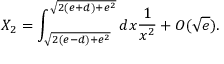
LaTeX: X _ { 2 } = \int _ { \sqrt { 2 ( e - d ) + e ^ { 2 } } } ^ { \sqrt { 2 ( e + d ) + e ^ { 2 } } } d x { \frac { 1 } { x ^ { 2 } } } + O ( \sqrt { e } ) .